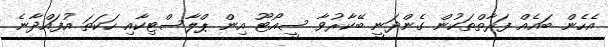
އެހެން ބައެއް ފަރާތްތަކުން ގެންދަނީ ބޭކާރުވާ ސީއޯޓޫ އިން ޕްލާސްޓިކާއި ހަކަތަ އުފައްދާނެ